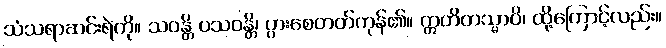
သံသရာဆင်းရဲကို။ သဝန္တိ ပသဝန္တိ၊ ပွားစေတတ်ကုန်၏။ ဣတိတသ္မာပိ၊ ထို့ကြောင့်လည်း။